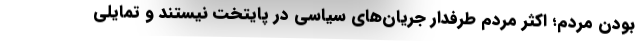
بودن مردم؛ اكثر مردم طرفدار جريان‌هاي سياسي در پايتخت نيستند و تمايلي